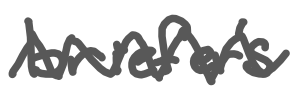
Text: briefer's
Cross-out: zig-zag
Writing tool: digital_gray